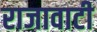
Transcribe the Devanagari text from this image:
राजावाटी